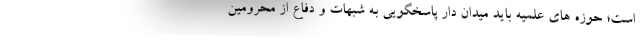
است؛ حوزه های علمیه باید میدان دار پاسخگویی به شبهات و دفاع از محرومین